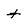
Character: t